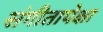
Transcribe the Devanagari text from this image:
संगीतापेक्षा